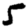
Digit: 5